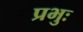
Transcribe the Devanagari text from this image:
प्रभुः